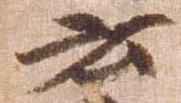
云